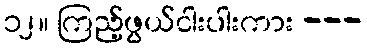
၁၂။ ကြည့်ဖွယ်ငါးပါးကား ---